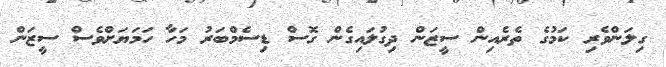
ގިލަންވެރި ކަމުގެ ތެރެއިން ސީޒަން ދިގުލައިގެން ގޮސް ޑިސެމްބަރު މަހާ ހަމަޔަށްވެސް ސީޒަން